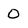
Character: 0